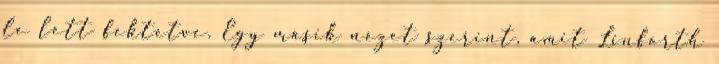
le lett fektetve. Egy másik nézet szerint, amit Linforth